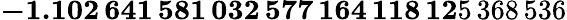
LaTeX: \mathbf{-1.102\, 641\, 581\, 032\, 577\, 164\, 118\, 12}5\, 368\, 536